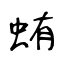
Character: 蛕